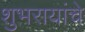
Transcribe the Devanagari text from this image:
शुभरायांचे